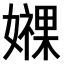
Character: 𫲁